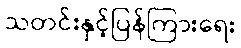
သတင်းနှင့်ပြန်ကြားရေး